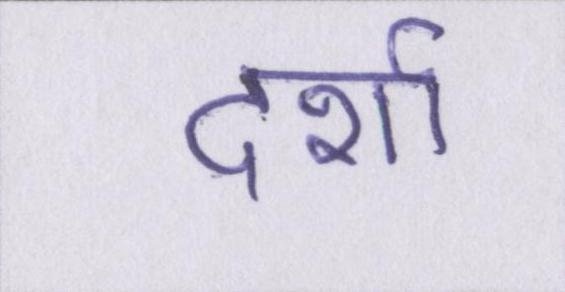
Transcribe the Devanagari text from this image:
दर्शा